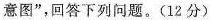
意图”，回答下列问题。(12分)